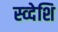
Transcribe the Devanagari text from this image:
स्व्देशि